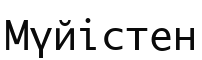
Мүйістен